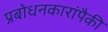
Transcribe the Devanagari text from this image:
प्रबोधनकारांपैकी